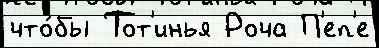
что́бы Тот'инья Роча П'еп'е